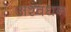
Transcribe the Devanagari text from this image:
अश्वधन